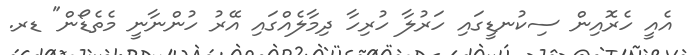
އެއީ ހެރޮއިން ސިކުނޑީގައި ހަރުލާ ހުރިހާ ދިމާލެއްގައި އޭރު ހުންނާނީ މެތެޑޯން" ޑރ.